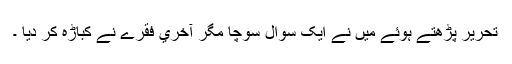
تحرير پڑھتے ہوئے ميں نے ايک سوال سوچا مگر آخري فقرے نے کباڑہ کر ديا ۔